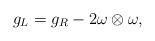
LaTeX: \begin{align*}g_L=g_R-2\omega\otimes\omega, \end{align*}